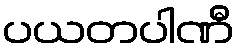
ပယတပါဏီ